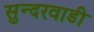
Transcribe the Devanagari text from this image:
सुन्दरवाडी